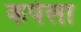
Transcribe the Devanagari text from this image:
कपेला